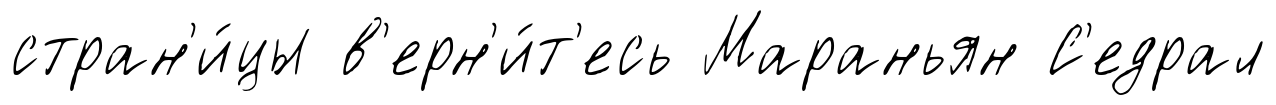
стран'и́цы в'ерн'и́т'есь Мараньян С'едрал